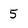
Character: 5